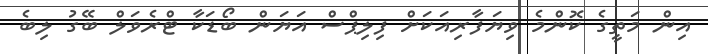
އިން މަތީގެ ކޮންމެ ވިޔަފާރިއަކަށް ފިލިޕްސް އަޔަން ބޯޑަކާ ޓްރެވަލް ބޭގު ލިބެ